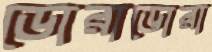
ডোরাডোরা